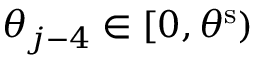
\theta _ { j - 4 } \in [ 0 , \theta ^ { \mathrm { { s } } } )